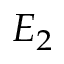
E _ { 2 }